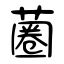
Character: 蔨